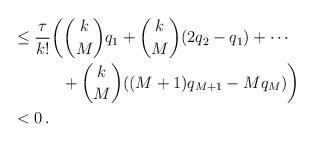
LaTeX: \begin{align*}&\le \frac{\tau}{k!} \bigg( \binom{k}{M}q_1 + \binom{k}{M}(2q_2-q_1) + \cdots \\&\qquad\quad+ \binom{k}{M}((M+1)q_{M+1}-Mq_M) \bigg)\\&<0\,.\end{align*}